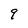
Character: q